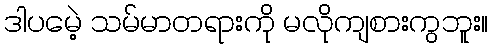
ဒါပမေဲ့ သမ်မာတရားကို မလိုကျစားကွဘူး။